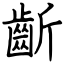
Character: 齗